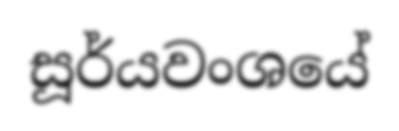
සූර්යවංශයේ